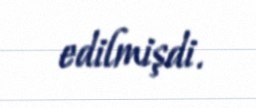
edilmişdi.